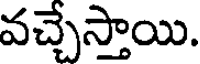
వచ్చేస్తాయి.